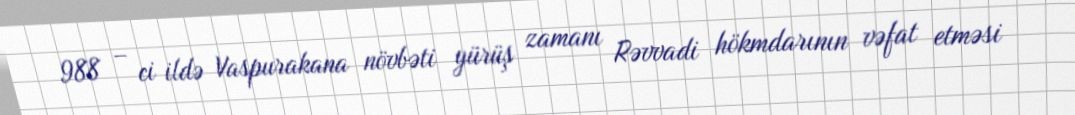
988 – ci ildə Vaspurakana növbəti yürüş zamanı Rəvvadi hökmdarının vəfat etməsi